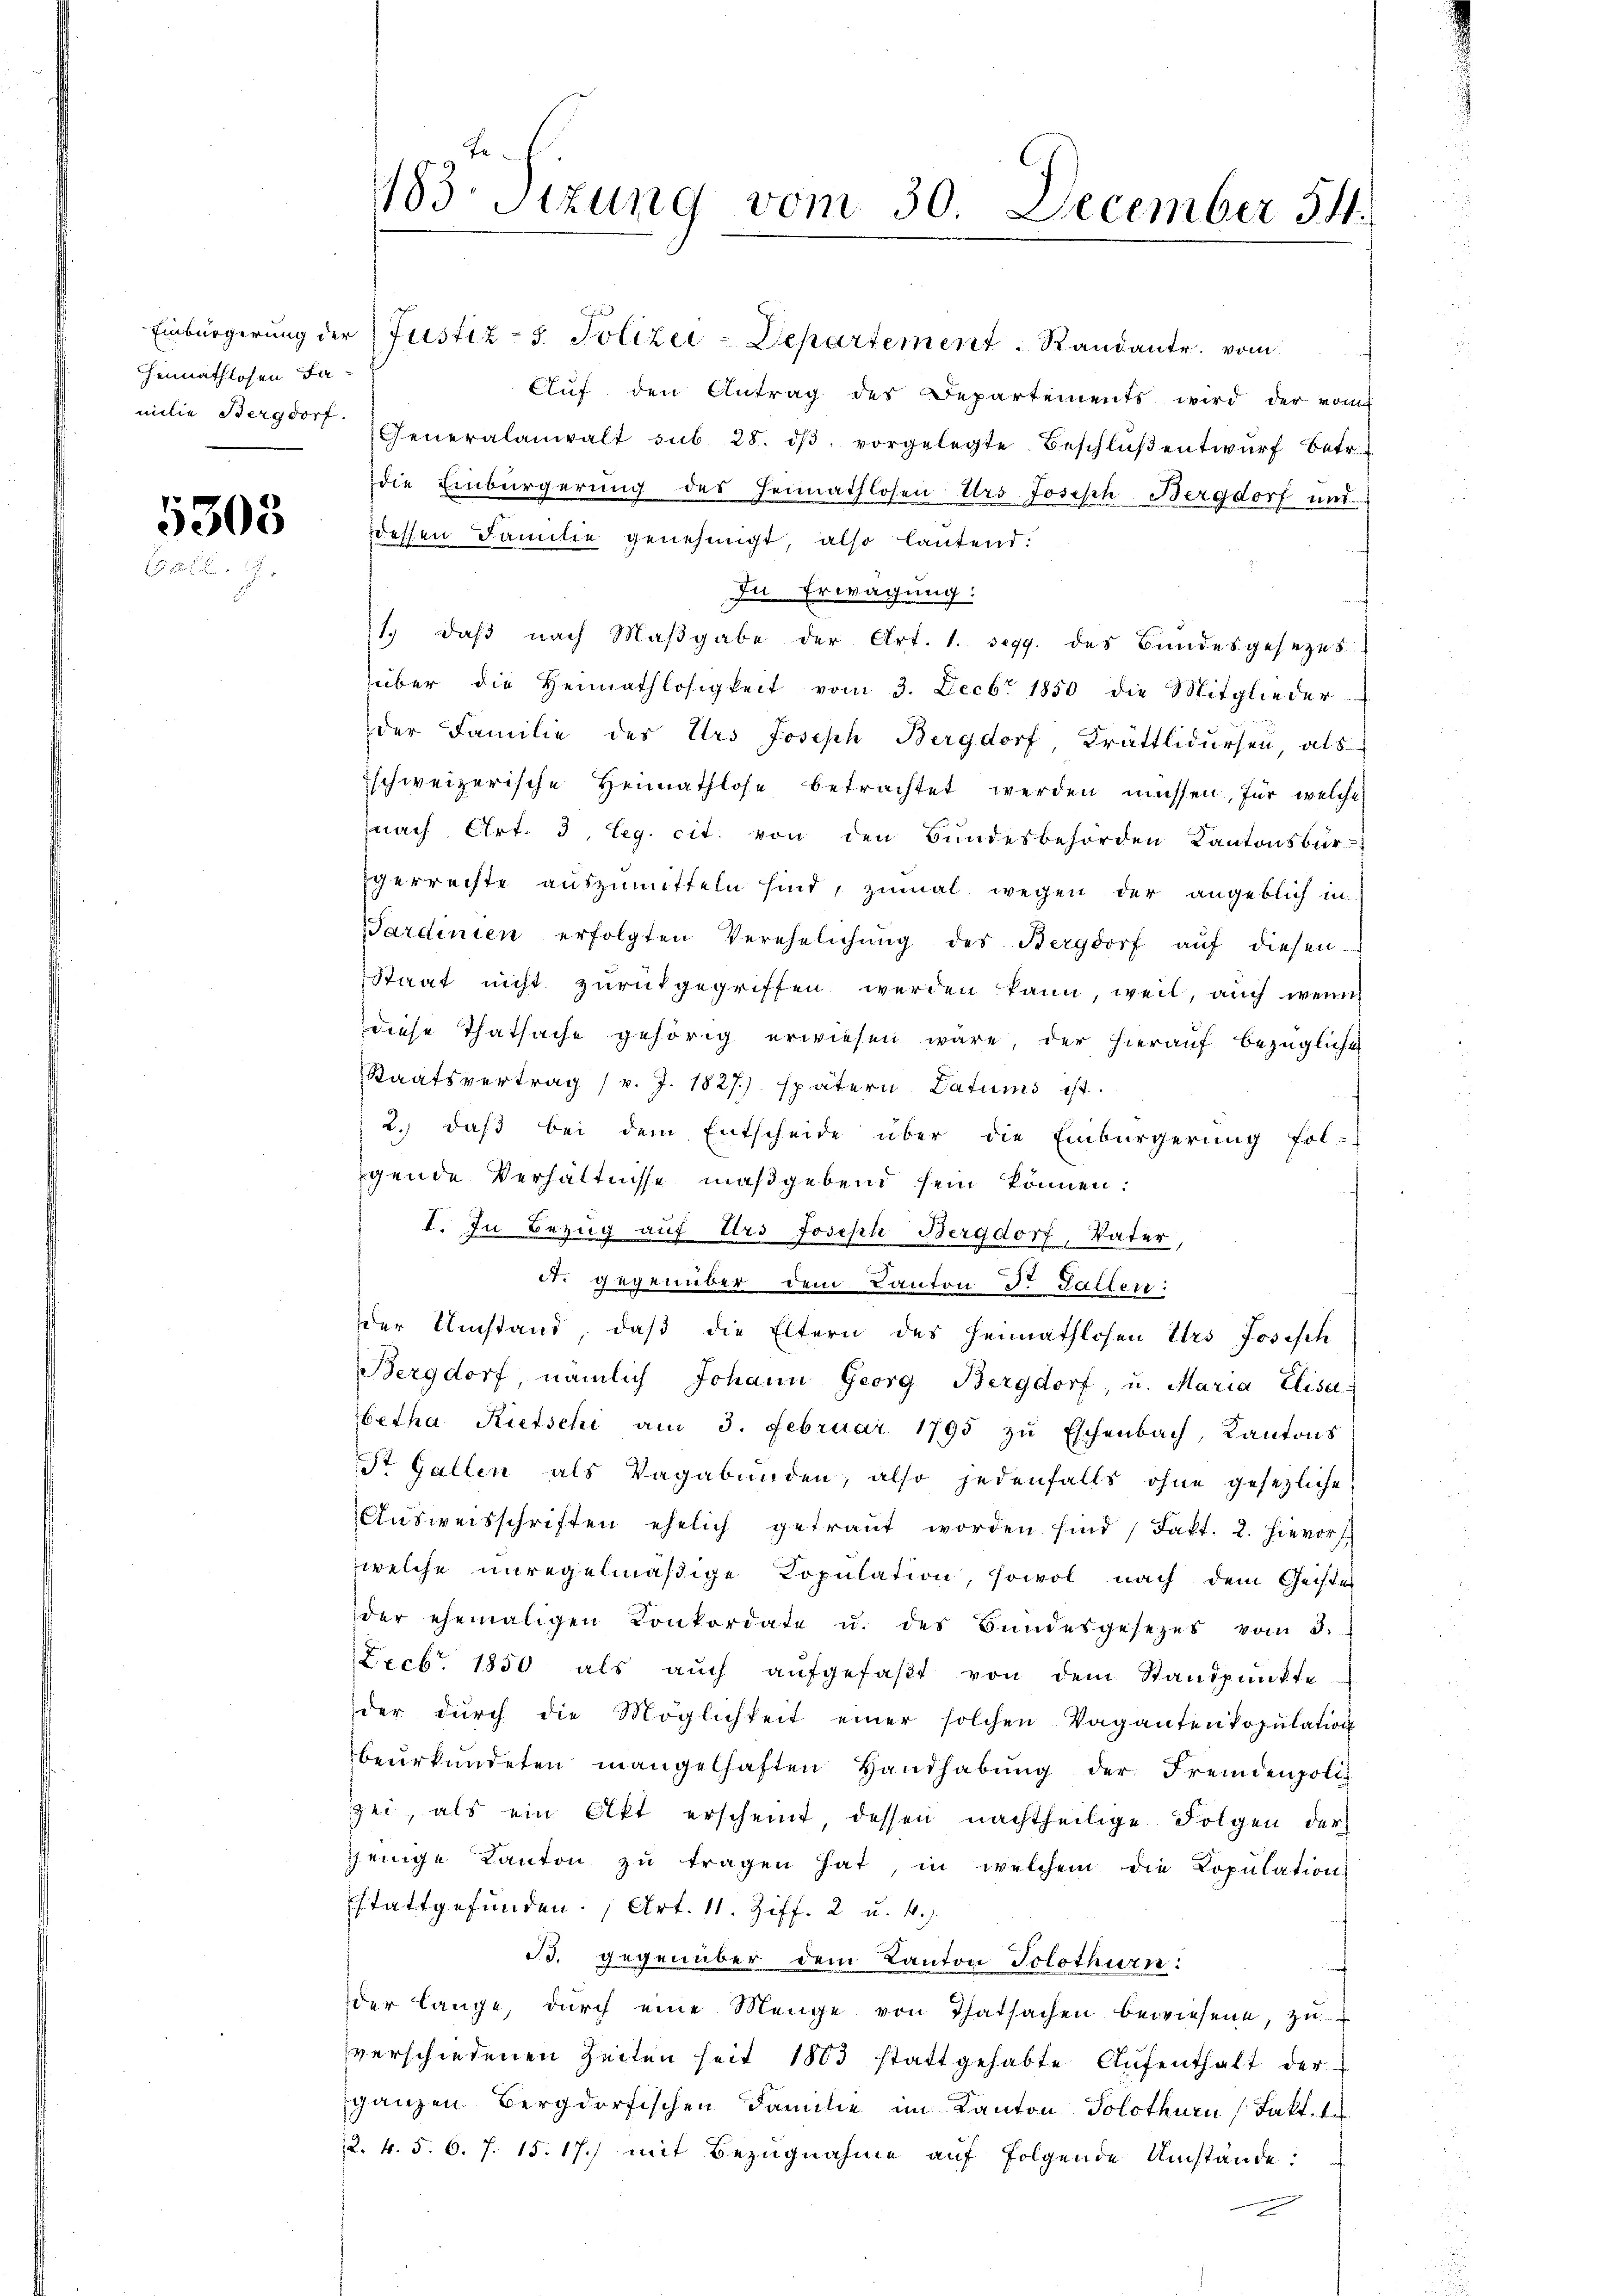
Heimathlosen Fa¬

5308
   2

Einbürgerung der Justiz - 5. Polizei-Departement Randant. vom
Auf den Antrag des Departements wird der vom
milie Bergdorf Generalanwalt sub. 28. dβ. vorgelegte Beschlŭβentwŭrf betr.
die Einbürgerung des Heimathlosen Urs Joseph Bergdorf und
dessen Familie genehmigt, also lautend:
In Erwägung:
1. daβ nach Maβgabe der Art. 1. Segg. des Bundesgesetzes
über die Heimathlosigkeit vom 3. Decbr 1850 die Mitglieder-
der Familie des Urs Joseph Bergdorf, Krättlidursen, als
schweizerische Heimathlose betrachtet werden müssen, für welche
nach Art. 3, leg. cit. von den Bŭndesbehörden Kantonsbür-
gerrechte auszumitteln sind, zumal wegen der angeblich in
Sardinien erfolgten Verehelichŭng des Bergdorf aŭf diesen
Staat nicht zurükgegriffen werden kann, weil, auch wenn
diese Thatsache gehörig erwiesen wäre, der hierauf bezügliche
Staatsvertrag (v. J. 1827.) spätern Datums ist.
2.) daß bei dem Entscheide über die Einbürgerung fol-
gende Verhältnisse maßgebend sein können:
I. In Bezug auf Urs Joseph Bergdorf, Vater,
A. gegenüber dem Kanton Dr. Gallen:
der Umstand, daß die Eltern des Heimathlosen Urs Josisch
Bergdorf, nämlich Johann Georg Bergdorf, u. Maria Elisa
betha Rietschi am 3. Februar 1795 zŭ Eschenbach, Kantons
St. Gallen als Vagabunden, also jedenfalls ohne gesezliche
Aŭsweisschriften ehelich getraŭt worden sind / Fakt. 2. hievors
welche unregelmäßige Kopulation, sowol nach dem Geister
der ehemaligen Konkordate u. des Bŭndesgesezes vom 3.
Lecbr. 1850 als aŭch aŭfgefaβt von dem Standpŭnkte
der dŭrch die Möglichkeit einer solchen Vaganten Popŭlation
beurkundeten mangelhaften Handhabung der Fremdenpoli
zei, als ein Akt erscheint, dessen nachtheilige Folgen der
jenige Kanton zŭ tragen hat, in welchem die Copŭlation
stattgefunden. (Art. 11. Ziff. 2 u. 4.
B. gegenüber dem Kanton Solothurn:
der lange, dŭrch eine Menge von Thatsachen bewiesene, zŭ
verschiedenen Zeiten seit 1803 stattgehabte Aufenthalt der
ganzen Bergdorfischen Familie im Kanton Solothurn (Fakt. 1
2. 4. 5. 6. 7. 15. 17.) mit Bezugnahme auf folgende Umstände:

1183. Sizung vom 30. December 54.